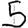
Digit: 5